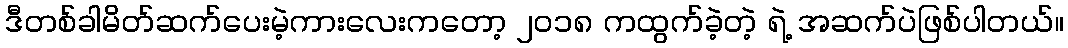
ဒီတစ်ခါမိတ်ဆက်ပေးမဲ့ကားလေးကတော့ ၂၀၁၈ ကထွက်ခဲ့တဲ့ ရဲ့ အဆက်ပဲဖြစ်ပါတယ်။